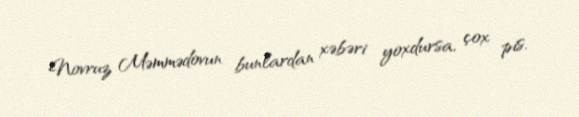
Novruz Məmmədovun bunlardan xəbəri yoxdursa, çox pis.